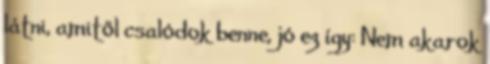
látni, amitől csalódok benne, jó ez így: Nem akarok